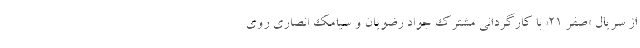
از سریال «صفر ۲۱» با کارگردانی مشترک جواد رضویان و سیامک انصاری روی